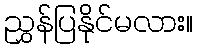
ညွှန်ပြနိုင်မလား။